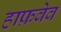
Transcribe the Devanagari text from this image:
हाफ़वेव